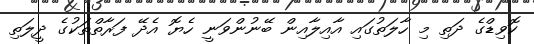
ކޮވިޑްގެ ދަތި މި ހާލަތުގައި އާއިލާއިން ބޭނުންވަނީ ހެޔޮ އެދޭ ފަރާތްތަކުގެ ދީލަތި